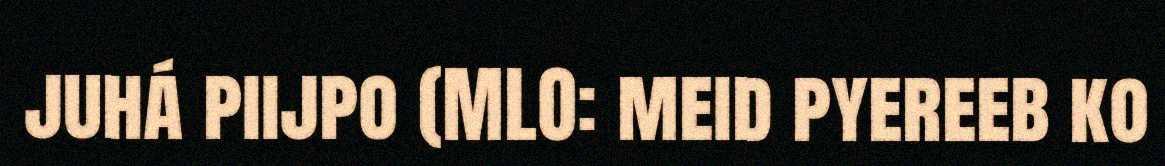
juhá piijpo (MLO: meid pyereeb ko